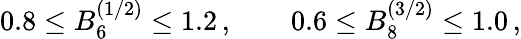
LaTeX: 0.8\le B_{6}^{(1/2)}\le 1.2\, ,\qquad 0.6\le B_{8}^{(3/2)}\le 1.0\, ,